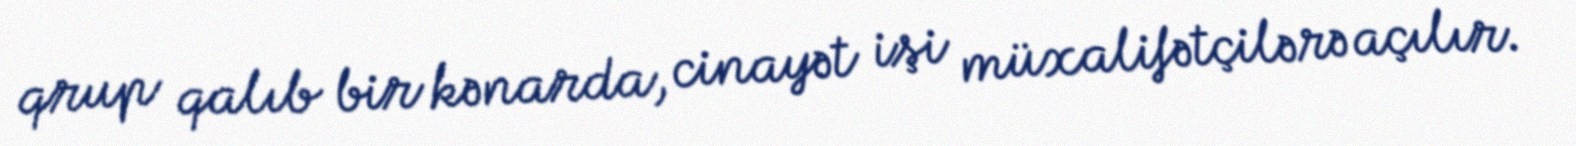
qrup qalıb bir kənarda, cinayət işi müxalifətçilərə açılır.